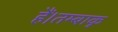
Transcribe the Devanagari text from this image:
हैं।तम्बाकू